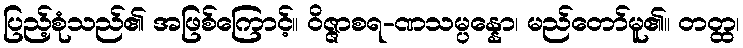
ပြည့်စုံသည်၏ အဖြစ်ကြောင့်။ ဝိဇ္ဇာစရ-ဏသမ္ပန္နော၊ မည်တော်မူ၏။ တတ္ထ၊